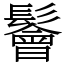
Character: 鬠